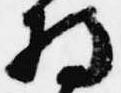
将